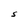
Character: S